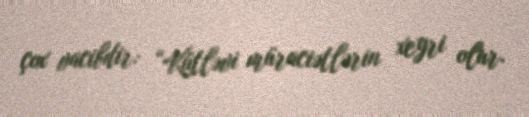
çox vacibdir: “Kütləvi müraciətlərin xeyri olur.